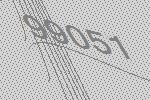
99051